Report on plague in the Punjab from October 1st ... to September 30th ..., being the ... season of plague in the province
Disease focus: Plague
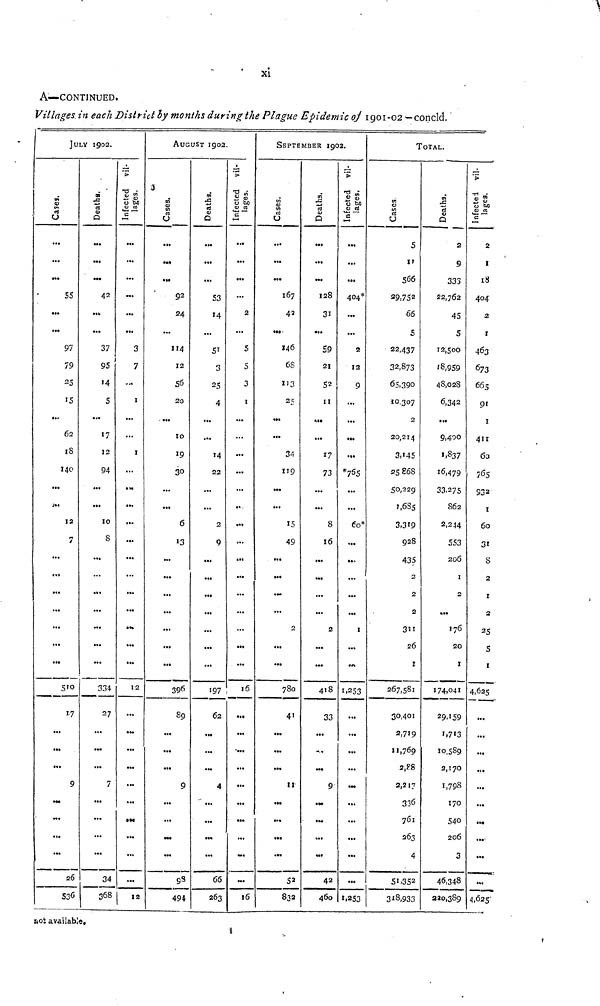
xi
A—CONTINUED.
Villages in each District by months during the Plague Epidemic of 1901-02 — concld.
Cases.
...
...
...
55
...
...
91
79
25
15
62
18
140
...
12
7
...
...
...
...
...
...
...
17
...
...
9
...
...
26
LY 1902.
Deaths.
...
...
...
42
...
37
95
14
5
...
17
12
94
...
...
10
8
...
...
...
...
...
...
...
334
27
...
...
...
7
...
...
...
...
34
368
Infected villages.
...
...
...
...
...
...
3
7
...
1
...
...
1
...
...
...
...
...
...
...
...
...
...
...
12
...
...
...
...
...
...
•..
...
...
...
12
AUG
Cases.
...
...
...
92
24
...
114
12
56
20
...
10
19
30
...
...
6
13
...
...
...
...
...
...
...
396
89
...
...
...
9
...
...
...
...
98
494
UST 1902
Deaths.
...
...
...
S3
14
...
51
3
25
4
...
.•.
14
22
...
...
2
9
...
...
...
...
...
...
...
197
62
...
...
...
4
...
...
...
66
263
Infected villages.
...
...
...
...
2
...
S
5
3
1
...
...
...
...
»
...
...
...
...
...
...
...
...
...
16
...
...
...
...
...
...
...
...
...
16
SEPTE
Cases.
...
...
...
167
42
146
68
113
2 5
...
...
34
119
••.
...
15
49
...
...
...
...
2
...
...
780
4'
...
...
...
11
...
...
...
...
52
832
MBER 190
Deaths.
...
...
...
128
31
...
59
21
52
11
...
17
73
...
...
8
16
...
...
...
...
2
...
...
418
33
...
...
...
9
...
• .•
...
...
42
460
)2.
Infected villages.
...
...
...
4O4*
...
...
2
12
9
...
...
*755
...
Co*
...
...
...
...
...
1
...
1.253
...
...
...
...
...
...
...
...
...
1.253
Cases.
5
11
566
29, 752
66
22,437
32,873
65,390
10,307
2
20,214
3,145
25868
50,229
1.6S5
3,319
928
435
2
2
2
311
26
1
267,581
30,401
2,719
",769
2,88
2,217
336
761
263
4
51.352
318,933
OTAL.
Deaths.
2
9
333
22,762
45
5
12,500
1]8,959
48,028
6,342
...
9,400
1,837
16,479
33.275
862
2,244
553
206
1
2
....
376
20
1
174.041
29.159
I.7I3
10,589
2,170
1,798
170
540
206
3
46,348
220,389
Infected villages.
2
I
I8
404
2
I
463
673
665
9'
1
411
60
765
932
1
60
31
8
2
1
2
2 5
5
1
4,625
...
...
...
...
...
«••
...
...
...
4,625-
not available»